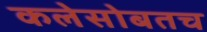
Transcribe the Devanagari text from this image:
कलेसोबतच